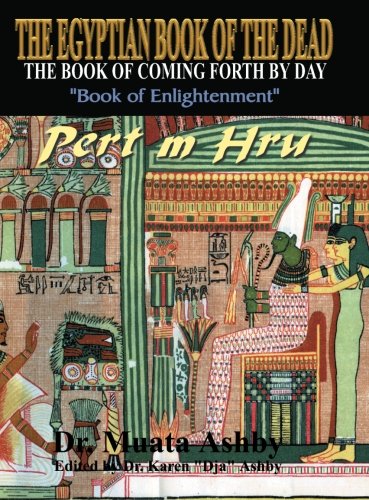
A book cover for The Egyptian Book of the Dead : The Book of Coming Forth by Day; Muata Ashby; History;